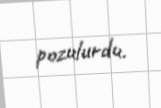
pozulurdu.